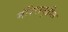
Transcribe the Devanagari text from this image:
मंदिरापुढील